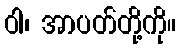
ဝါ၊ အာပတ်တို့ကို။